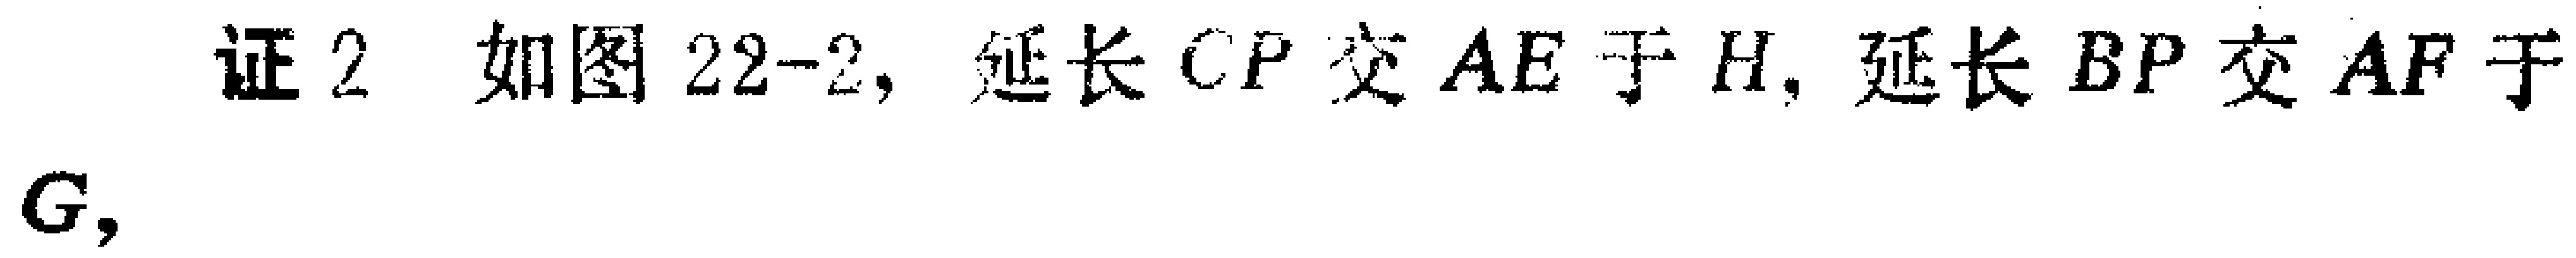
证2 如图22-2, 延长$CP$交$AE$于$H$, 延长$BP$交$AF$于$G$,